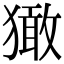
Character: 㺖